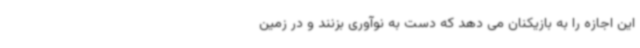
این اجازه را به بازیکنان می دهد که دست به نوآوری بزنند و در زمین